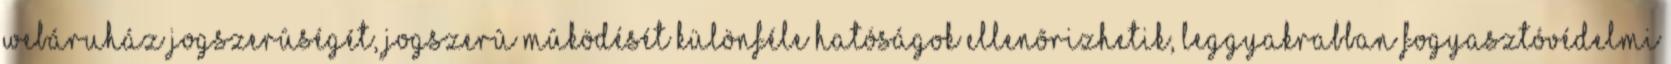
webáruház jogszerûségét, jogszerû mûködését különféle hatóságok ellenõrizhetik, leggyakrabban fogyasztóvédelmi